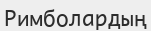
Римболардың